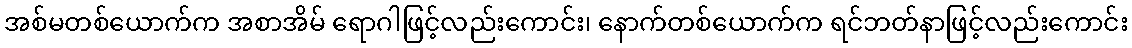
အစ်မတစ်ယောက်က အစာအိမ် ရောဂါဖြင့်လည်းကောင်း၊ နောက်တစ်ယောက်က ရင်ဘတ်နာဖြင့်လည်းကောင်း